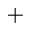
^ +